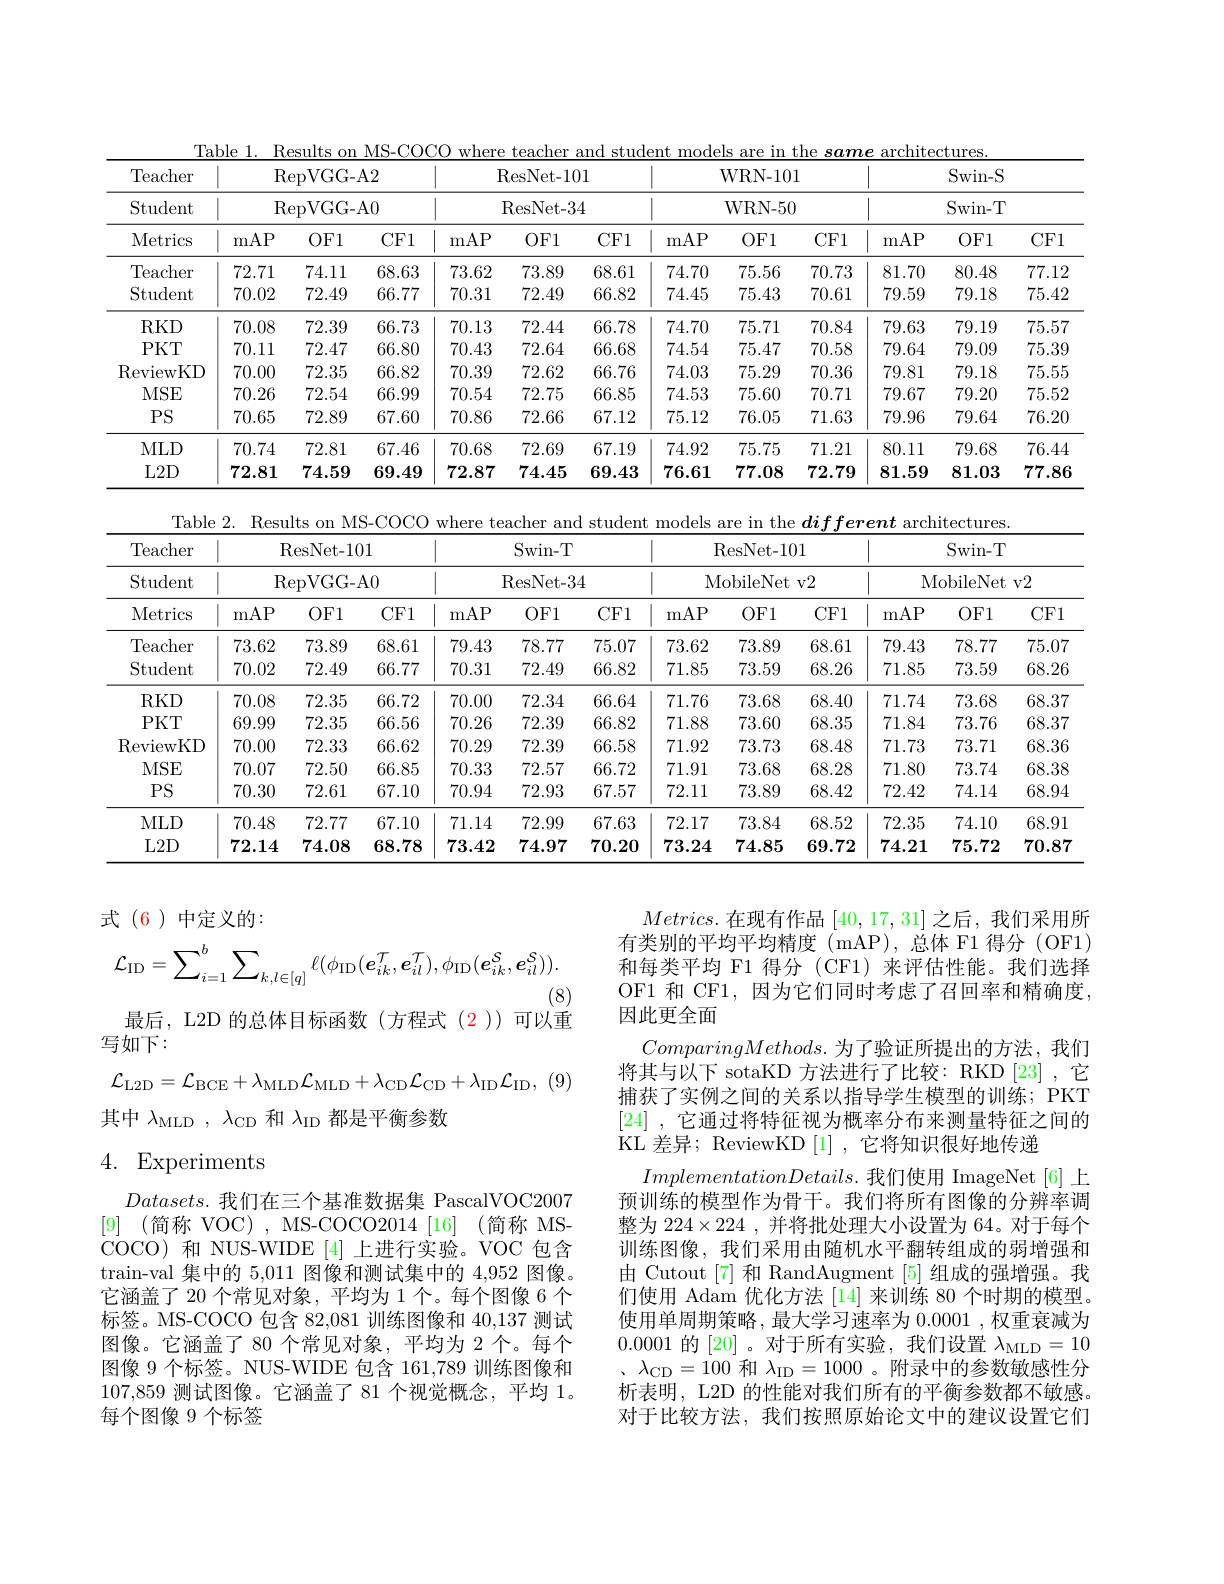
<table>
	<tbody>
		<tr>
			<th rowspan="3">Teacher Student Metrics</th>
			<th colspan="6">$\operatorname{RepVGG-A2}$ $\operatorname{RepVGG-A0}$</th>
			<th colspan="6">ResNet- 101 ResNet- 34</th>
			<th colspan="6">${\mathrm{WRN-101}}$ WRN- 50</th>
			<th colspan="6">Swin- S Swin- T</th>
		</tr>
		<tr>
			<th>mAP</th>
			<th>$OF1$</th>
			<th>CF1</th>
			<th>mAP</th>
			<th>$OF1$</th>
			<th>CF1</th>
			<th>mAP</th>
			<th>$OF1$</th>
			<th>CF1</th>
			<th>mAP</th>
			<th>$OF1$</th>
			<th>CF1</th>
		</tr>
		<tr>
			<td>Teacher</td>
			<td>72.71</td>
			<td>74.11</td>
			<td>68.63</td>
			<td>73.62</td>
			<td>73.89</td>
			<td>68.61</td>
			<td>74.70</td>
			<td>75.56</td>
			<td>70.73</td>
			<td>81.70</td>
			<td>80.48</td>
			<td>77.12</td>
		</tr>
		<tr>
			<td>Student</td>
			<td>70.02</td>
			<td>72.49</td>
			<td>66.77</td>
			<td>70.31</td>
			<td>72.49</td>
			<td>66.82</td>
			<td>74.45</td>
			<td>75.43</td>
			<td>70.61</td>
			<td>79.59</td>
			<td>79.18</td>
			<td>75.42</td>
		</tr>
		<tr>
			<td>$RKD$</td>
			<td>70.08</td>
			<td>72.39</td>
			<td>66.73</td>
			<td>70.13</td>
			<td>72.44</td>
			<td>66.78</td>
			<td>74.70</td>
			<td>75.71</td>
			<td>70.84</td>
			<td>79.63</td>
			<td>79.19</td>
			<td>75.57</td>
		</tr>
		<tr>
			<td>$PKT$</td>
			<td>70.11</td>
			<td>72.47</td>
			<td>66.80</td>
			<td>70.43</td>
			<td>72.64</td>
			<td>66.68</td>
			<td>74.54</td>
			<td>75.47</td>
			<td>70.58</td>
			<td>79.64</td>
			<td>79.09</td>
			<td>75.39</td>
		</tr>
		<tr>
			<td>ReviewKD</td>
			<td>70.00</td>
			<td>72.35</td>
			<td>66.82</td>
			<td>70.39</td>
			<td>72.62</td>
			<td>66.76</td>
			<td>74.03</td>
			<td>75.29</td>
			<td>70.36</td>
			<td>79.81</td>
			<td>79.18</td>
			<td>75.55</td>
		</tr>
		<tr>
			<td>MSE</td>
			<td>70.26</td>
			<td>72.54</td>
			<td>66.99</td>
			<td>70.54</td>
			<td>72.75</td>
			<td>66.85</td>
			<td>74.53</td>
			<td>75.60</td>
			<td>70.71</td>
			<td>79.67</td>
			<td>79.20</td>
			<td>75.52</td>
		</tr>
		<tr>
			<td>$PS$</td>
			<td>70.65</td>
			<td>72.89</td>
			<td>67.60</td>
			<td>70.86</td>
			<td>72.66</td>
			<td>67.12</td>
			<td>75.12</td>
			<td>76.05</td>
			<td>71.63</td>
			<td>79.96</td>
			<td>79.64</td>
			<td>76.20</td>
		</tr>
		<tr>
			<td>MLD</td>
			<td>70.74</td>
			<td>72.81</td>
			<td>67.46</td>
			<td>70.68</td>
			<td>72.69</td>
			<td>67.19</td>
			<td>74.92</td>
			<td>75.75</td>
			<td>71.21</td>
			<td>80.11</td>
			<td>79.68</td>
			<td>76.44</td>
		</tr>
		<tr>
			<td>$L2D$</td>
			<td>72.81</td>
			<td>74.59</td>
			<td>69.49</td>
			<td>72.87</td>
			<td>74.45</td>
			<td>69.43</td>
			<td>76.61</td>
			<td>77.08</td>
			<td>72.79</td>
			<td>81.59</td>
			<td>81.03</td>
			<td>77.86</td>
		</tr>
	</tbody>
</table>

<table>
	<tbody>
		<tr>
			<th rowspan="3">$\operatorname{Teacher}$ Student Metrics</th>
			<th colspan="6">ResNet- 101 $\operatorname{RepVGG-A0}$</th>
			<th colspan="6">Swin- T ResNet- 34</th>
			<th colspan="6">ResNet- 101 MobileNet v2</th>
			<th colspan="6">Swin- T MobileNet v2</th>
		</tr>
		<tr>
			<th>mAP</th>
			<th>$OF1$</th>
			<th>CF1</th>
			<th>mAP</th>
			<th>$OF1$</th>
			<th>CF1</th>
			<th>mAP</th>
			<th>$OF1$</th>
			<th>CF1</th>
			<th>mAP</th>
			<th>$OF1$</th>
			<th>CF1</th>
		</tr>
		<tr>
			<td>Teacher</td>
			<td>73.62</td>
			<td>73.89</td>
			<td>68.61</td>
			<td>79.43</td>
			<td>78.77</td>
			<td>75.07</td>
			<td>73.62</td>
			<td>73.89</td>
			<td>68.61</td>
			<td>79.43</td>
			<td>78.77</td>
			<td>75.07</td>
		</tr>
		<tr>
			<td>Student</td>
			<td>70.02</td>
			<td>72.49</td>
			<td>66.77</td>
			<td>70.31</td>
			<td>72.49</td>
			<td>66.82</td>
			<td>71.85</td>
			<td>73.59</td>
			<td>68.26</td>
			<td>71.85</td>
			<td>73.59</td>
			<td>68.26</td>
		</tr>
		<tr>
			<td>$RKD$</td>
			<td>70.08</td>
			<td>72.35</td>
			<td>66.72</td>
			<td>70.00</td>
			<td>72.34</td>
			<td>66.64</td>
			<td>71.76</td>
			<td>73.68</td>
			<td>68.40</td>
			<td>71.74</td>
			<td>73.68</td>
			<td>68.37</td>
		</tr>
		<tr>
			<td>$PKT$</td>
			<td>69.99</td>
			<td>72.35</td>
			<td>66.56</td>
			<td>70.26</td>
			<td>72.39</td>
			<td>66.82</td>
			<td>71.88</td>
			<td>73.60</td>
			<td>68.35</td>
			<td>71.84</td>
			<td>73.76</td>
			<td>68.37</td>
		</tr>
		<tr>
			<td>ReviewKD</td>
			<td>70.00</td>
			<td>72.33</td>
			<td>66.62</td>
			<td>70.29</td>
			<td>72.39</td>
			<td>66.58</td>
			<td>71.92</td>
			<td>73.73</td>
			<td>68.48</td>
			<td>71.73</td>
			<td>73.71</td>
			<td>68.36</td>
		</tr>
		<tr>
			<td>MSE</td>
			<td>70.07</td>
			<td>72.50</td>
			<td>66.85</td>
			<td>70.33</td>
			<td>72.57</td>
			<td>66.72</td>
			<td>71.91</td>
			<td>73.68</td>
			<td>68.28</td>
			<td>71.80</td>
			<td>73.74</td>
			<td>68.38</td>
		</tr>
		<tr>
			<td>$PS$</td>
			<td>70.30</td>
			<td>72.61</td>
			<td>67.10</td>
			<td>70.94</td>
			<td>72.93</td>
			<td>67.57</td>
			<td>72.11</td>
			<td>73.89</td>
			<td>68.42</td>
			<td>72.42</td>
			<td>74.14</td>
			<td>68.94</td>
		</tr>
		<tr>
			<td>MLD</td>
			<td>70.48</td>
			<td>72.77</td>
			<td>67.10</td>
			<td>71.14</td>
			<td>72.99</td>
			<td>67.63</td>
			<td>72.17</td>
			<td>73.84</td>
			<td>68.52</td>
			<td>72.35</td>
			<td>74.10</td>
			<td>68.91</td>
		</tr>
		<tr>
			<td>L2D</td>
			<td>72.14</td>
			<td>74.08</td>
			<td>68.78</td>
			<td>73.42</td>
			<td>74.97</td>
			<td>70.20</td>
			<td>73.24</td>
			<td>74.85</td>
			<td>69.72</td>
			<td>74.21</td>
			<td>75.72</td>
			<td>70.87</td>
		</tr>
	</tbody>
</table>
$$\mathcal{L}_{\mathrm{ID}}=\sum_{i=1}^{b}\sum_{k,l\in[q]}\ell(\phi_{\mathrm{ID}}(e_{ik}^{\mathcal{T}},e_{il}^{\mathcal{T}}),\phi_{\mathrm{ID}}(e_{ik}^{\mathcal{S}},e_{il}^{\mathcal{S}})).$$
(8)
最后，L2D 的总体目标函数(方程式(2))可以重

式(6)中定义的：
写如下：
$$\mathcal{L}_{\mathrm{L2D}}=\mathcal{L}_{\mathrm{BCE}}+\lambda_{\mathrm{MLD}}\mathcal{L}_{\mathrm{MLD}}+\lambda_{\mathrm{CD}}\mathcal{L}_{\mathrm{CD}}+\lambda_{\mathrm{ID}}\mathcal{L}_{\mathrm{ID}},$$
其中$\lambda_\mathrm{MLD},\lambda_\mathrm{CD}$和$\lambda_\mathrm{ID}$都是平衡参数

### 4. Experiments

$Metrics.$在现有作品 [40,17,31] 之后，我们采用所有类别的平均平均精度(mAP),总体 F1 得分 (OF1) 和每类平均 F1 得分 (CF1) 来评估性能。我们选择OF1 和 CF1,因为它们同时考虑了召回率和精确度， 因此更全面
$ComparingMethods.$为了验证所提出的方法，我们将其与以下 sotaKD 方法进行了比较：RKD [23] ,它捕获了实例之间的关系以指导学生模型的训练；PKT [24] , 它通过将特征视为概率分布来测量特征之间的KL 差异；ReviewKD [1] ,它将知识很好地传递
$ImplementationDetails.$我们使用 ImageNet[6]上预训练的模型作为骨干。我们将所有图像的分辨率调整为$224\times224$ ,并将批处理大小设置为 64。对于每个训练图像，我们采用由随机水平翻转组成的弱增强和由 Cutout [7] 和 RandAugment [5] 组成的强增强。我们使用 Adam 优化方法 [14] 来训练 80 个时期的模型。使用单周期策略，最大学习速率为 0.0001,权重衰减为0.0001的[20] 。对于所有实验，我们设置$\lambda_\mathrm{MLD}=10$ $,\lambda_{\mathrm{CD}}=100$和$\lambda_\mathrm{ID}=1000$ 。附录中的参数敏感性分析表明，L2D 的性能对我们所有的平衡参数都不敏感。对于比较方法，我们按照原始论文中的建议设置它们

$Datasets.$我们在三个基准数据集 PascalVOC2007 [9] (简称 VOC), MS-COCO2014 [16] (简称 MSCOCO) 和 NUS-WIDE [4]上进行实验。VOC 包含train- val 集 中 的 5, 011 图像和测试集中的 4,952 图像。它涵盖了 20 个常见对象，平均为 1 个。每个图像 6 个标签。MS-COCO 包含 82,081 训练图像和 40,137 测试图像。它涵盖了 80 个常见对象，平均为 2 个。每个图像 9 个标签。NUS-WIDE 包含 161,789 训练图像和107,859测试图像。它涵盖了 81 个视觉概念，平均 1。每个图像 9 个标签